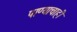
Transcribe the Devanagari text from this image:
पाण्‍याचाही